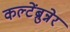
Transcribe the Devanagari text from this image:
कल्टेंब्रुन्नेर